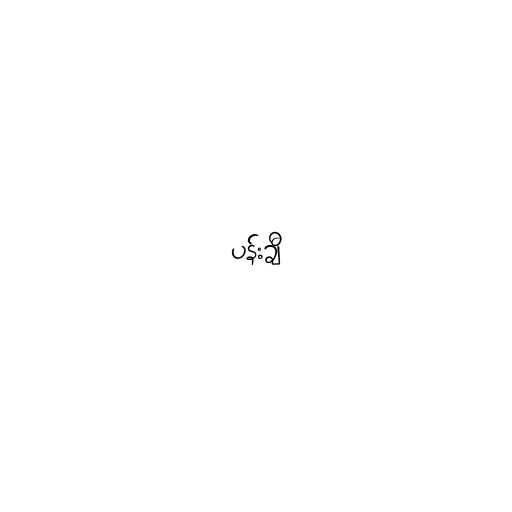
ပန်းချီ